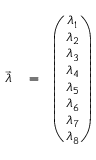
\begin{array} { r l r } { \overrightarrow { \lambda } } & { { } = } & { \left( \begin{array} { c } { \lambda _ { 1 } } \\ { \lambda _ { 2 } } \\ { \lambda _ { 3 } } \\ { \lambda _ { 4 } } \\ { \lambda _ { 5 } } \\ { \lambda _ { 6 } } \\ { \lambda _ { 7 } } \\ { \lambda _ { 8 } } \end{array} \right) } \end{array}